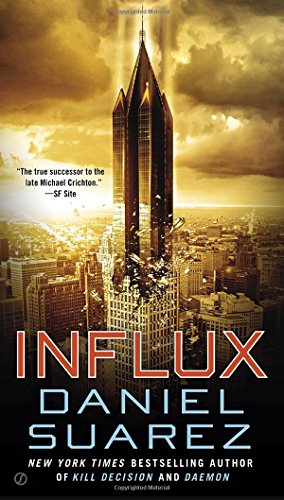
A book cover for Influx; Daniel Suarez; Science Fiction & Fantasy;